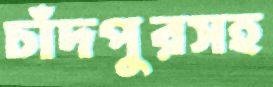
চাঁদপুরসহ